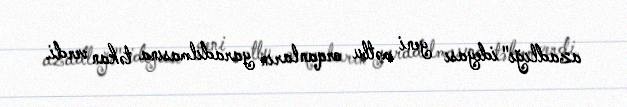
azadlığı" ideyası yeni mətbu orqanların yaradılmasına təkan verdi.